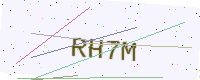
Text: RH7M